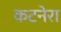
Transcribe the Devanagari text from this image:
कटनेरा